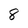
Character: 8